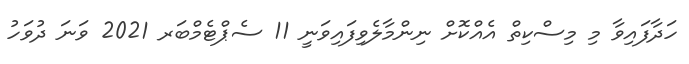
ހަދާފައިވާ މި މިސްކިތް އެއްކޮށް ނިންމާލެވިފައިވަނީ 11 ސެޕްޓެމްބަރ 2021 ވަނަ ދުވަހު